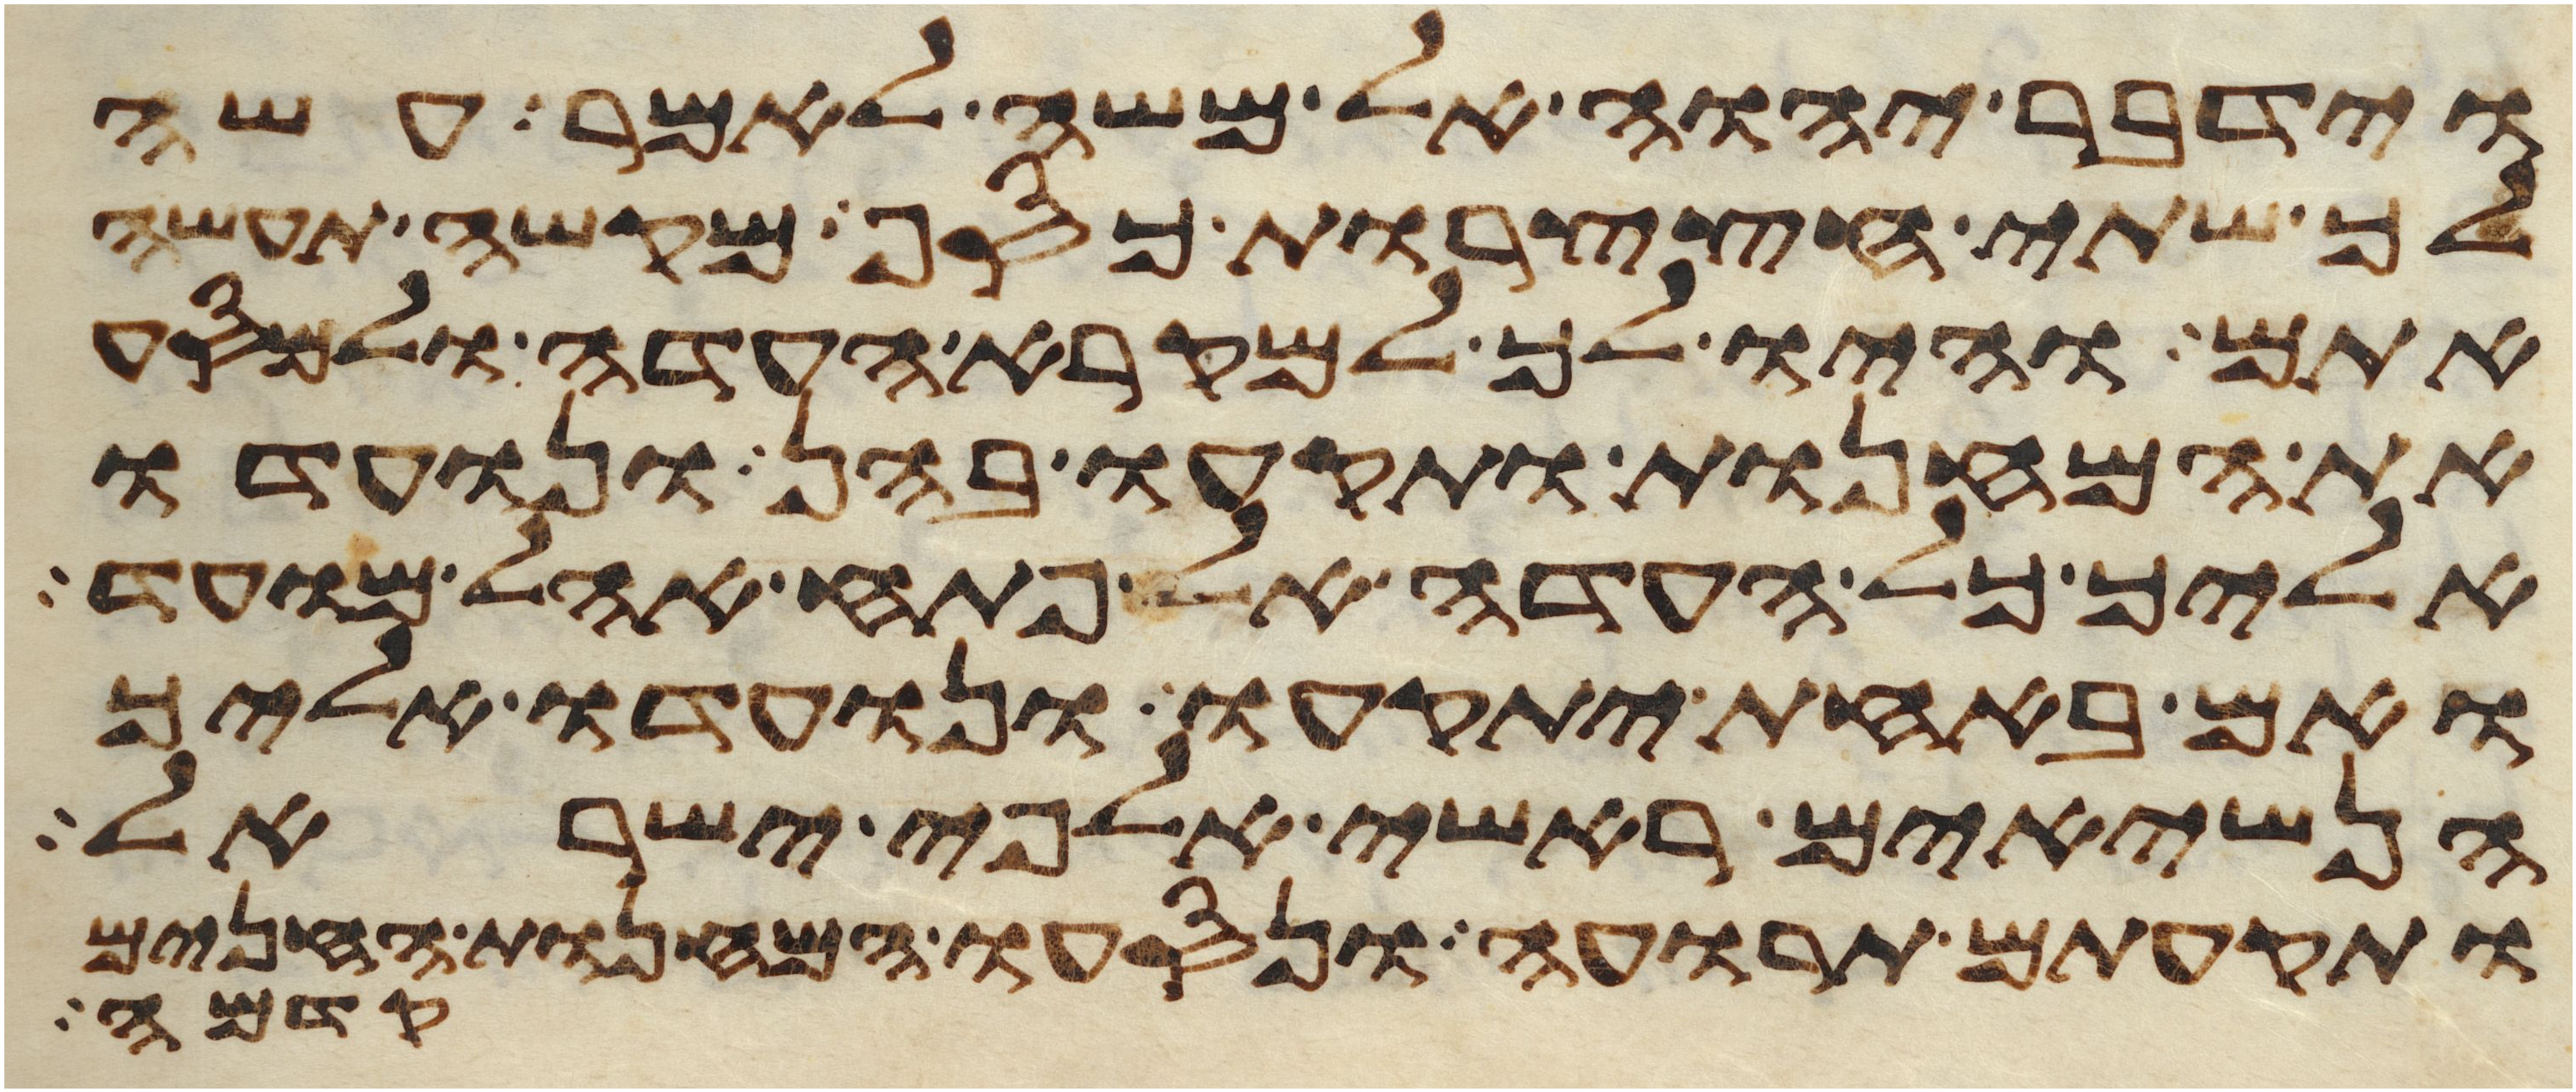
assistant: וידבר יהוה אל משה לאמר עשה
לך שתי חצצרות כסף מקשה תעשה
אתם והיו לך למקרא העדה ולמסע
את המחנות ותקעו בהן ונועדו
אליך כל העדה אל פתח אהל מועד
ואם באחת יתקעו ונועדו אליך
הנשיאים ראשי אלפי ישראל
ותקעתם תרועה ונסעו המחנות החנים
קדמה